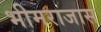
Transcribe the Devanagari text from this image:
भीमराजास